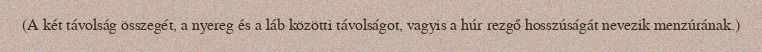
(A két távolság összegét, a nyereg és a láb közötti távolságot, vagyis a húr rezgő hosszúságát nevezik menzúrának.)